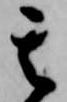
其